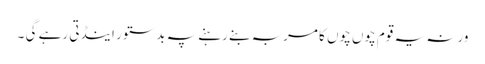
ورنہ یہ قوم چوں چوں کا مربہ بنے رہنے پہ بدستور اینڈتی رہے گی ۔